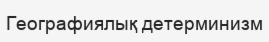
Географиялық детерминизм